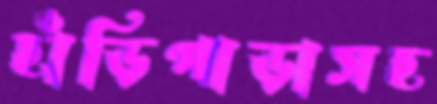
হাঁড়িপাড়াসহ